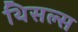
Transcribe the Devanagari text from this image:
थिसल्स